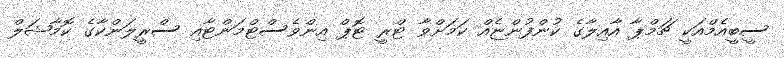
ސީބީއެމްއަކީ ޗަމްޕާ އާއިލާގެ ކުންފުންޏެއް ކަމަށްވާ ޓްރީ ޓޮޕް އިންވެސްޓްމަންޓާއި ސްރީލަންކާގެ ކޮމާޝަލް